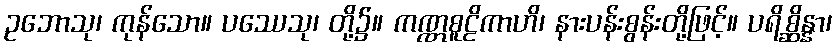
ဥဘောသု၊ ကုန်သော။ ပဿေသု၊ တို့၌။ ကဏ္ဏစူဠိကာဟိ၊ နားပန်းစွန်းတို့ဖြင့်။ ပရိစ္ဆိန္နာ၊